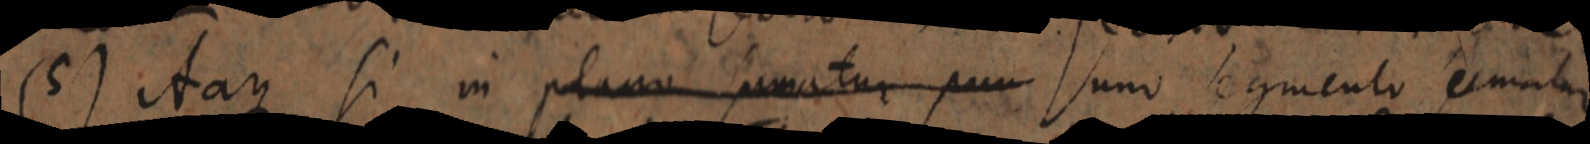
(5) itaque si in plano sumatur pun uno segmento fermatur